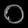
Digit: ၀